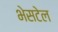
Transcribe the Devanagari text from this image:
भेसटेल